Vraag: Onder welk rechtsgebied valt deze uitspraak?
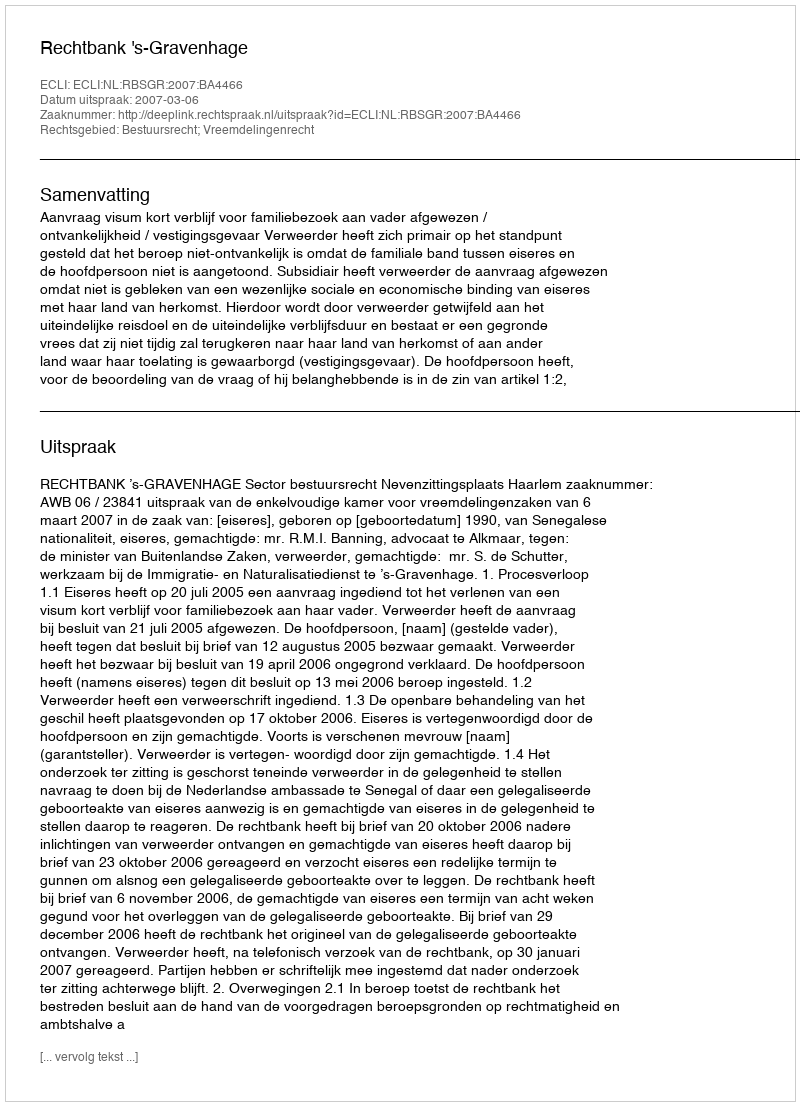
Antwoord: Bestuursrecht; Vreemdelingenrecht